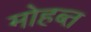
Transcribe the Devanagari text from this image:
मोहब्त